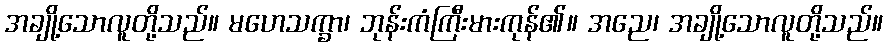
အချို့သောလူတို့သည်။ မဟေသက္ခာ၊ ဘုန်းကံကြီးမားကုန်၏။ အညေ၊ အချို့သောလူတို့သည်။